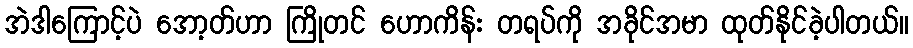
အဲဒါကြောင့်ပဲ အော့တ်ဟာ ကြိုတင် ဟောကိန်း တရပ်ကို အခိုင်အမာ ထုတ်နိုင်ခဲ့ပါတယ်။